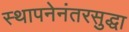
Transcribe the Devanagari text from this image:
स्थापनेनंतरसुद्धा